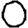
Digit: 0